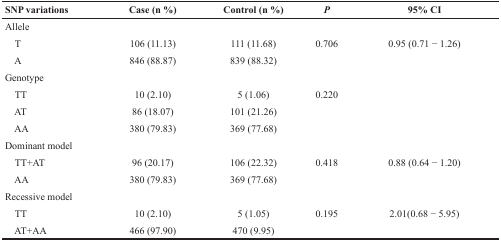
| SNP variations | Case (n %) | Control (n %) | P | 95% CI |
 | --- | --- | --- | --- | --- |
 | Allele |  |  |  |  |
 | T | 106 (11.13) | 111 (11.68) | 0.706 | 0.95 (0.71 − 1.26) |
 | A | 846 (88.87) | 839 (88.32) |  |  |
 | Genotype |  |  |  |  |
 | TT | 10 (2.10) | 5 (1.06) | 0.220 |  |
 | AT | 86 (18.07) | 101 (21.26) |  |  |
 | AA | 380 (79.83) | 369 (77.68) |  |  |
 | Dominant model |  |  |  |  |
 | TT+AT | 96 (20.17) | 106 (22.32) | 0.418 | 0.88 (0.64 − 1.20) |
 | AA | 380 (79.83) | 369 (77.68) |  |  |
 | Recessive model |  |  |  |  |
 | TT | 10 (2.10) | 5 (1.05) | 0.195 | 2.01(0.68 − 5.95) |
 | AT+AA | 466 (97.90) | 470 (9.95) |  |  |